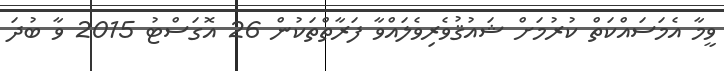
ވީމާ އެމަސައްކަތް ކުރުމަށް ޝައުޤުވެރިވެލައްވާ ފަރާތްތަކުން 26 އޮގަސްޓު 2015 ވާ ބުދަ